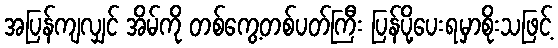
အပြန်ကျလျှင် အိမ်ကို တစ်ကွေ့တစ်ပတ်ကြီး ပြန်ပို့ပေးရမှာစိုးသဖြင့်